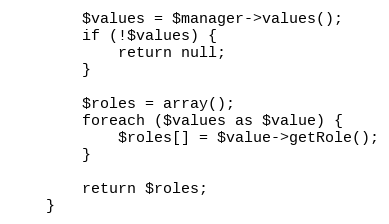
Language: PHP
        $values = $manager->values();
        if (!$values) {
            return null;
        }

        $roles = array();
        foreach ($values as $value) {
            $roles[] = $value->getRole();
        }

        return $roles;
    }